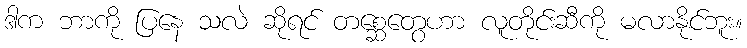
ဒါက ဘာကို ပြနေ သလဲ ဆိုရင် တစ္ဆေတွေဟာ လူတိုင်းဆီကို မလာနိုင်ဘူး။